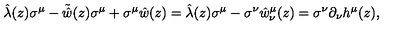
\hat { \lambda } ( z ) \sigma ^ { \mu } - \tilde { \hat { w } } ( z ) \sigma ^ { \mu } + \sigma ^ { \mu } \hat { w } ( z ) = \hat { \lambda } ( z ) \sigma ^ { \mu } - \sigma ^ { \nu } \hat { w } _ { \nu } ^ { \mu } ( z ) = \sigma ^ { \nu } \partial _ { \nu } h ^ { \mu } ( z ) ,